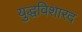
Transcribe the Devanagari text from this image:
युद्धविशारद